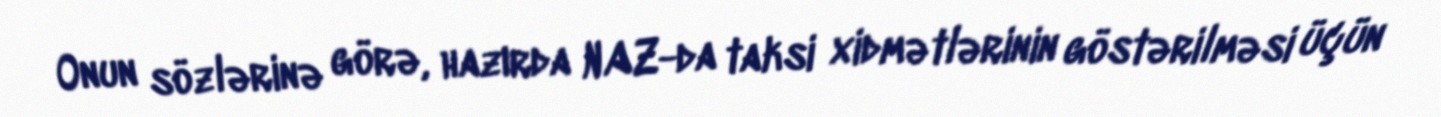
Onun sözlərinə görə, hazırda NAZ-da taksi xidmətlərinin göstərilməsi üçün